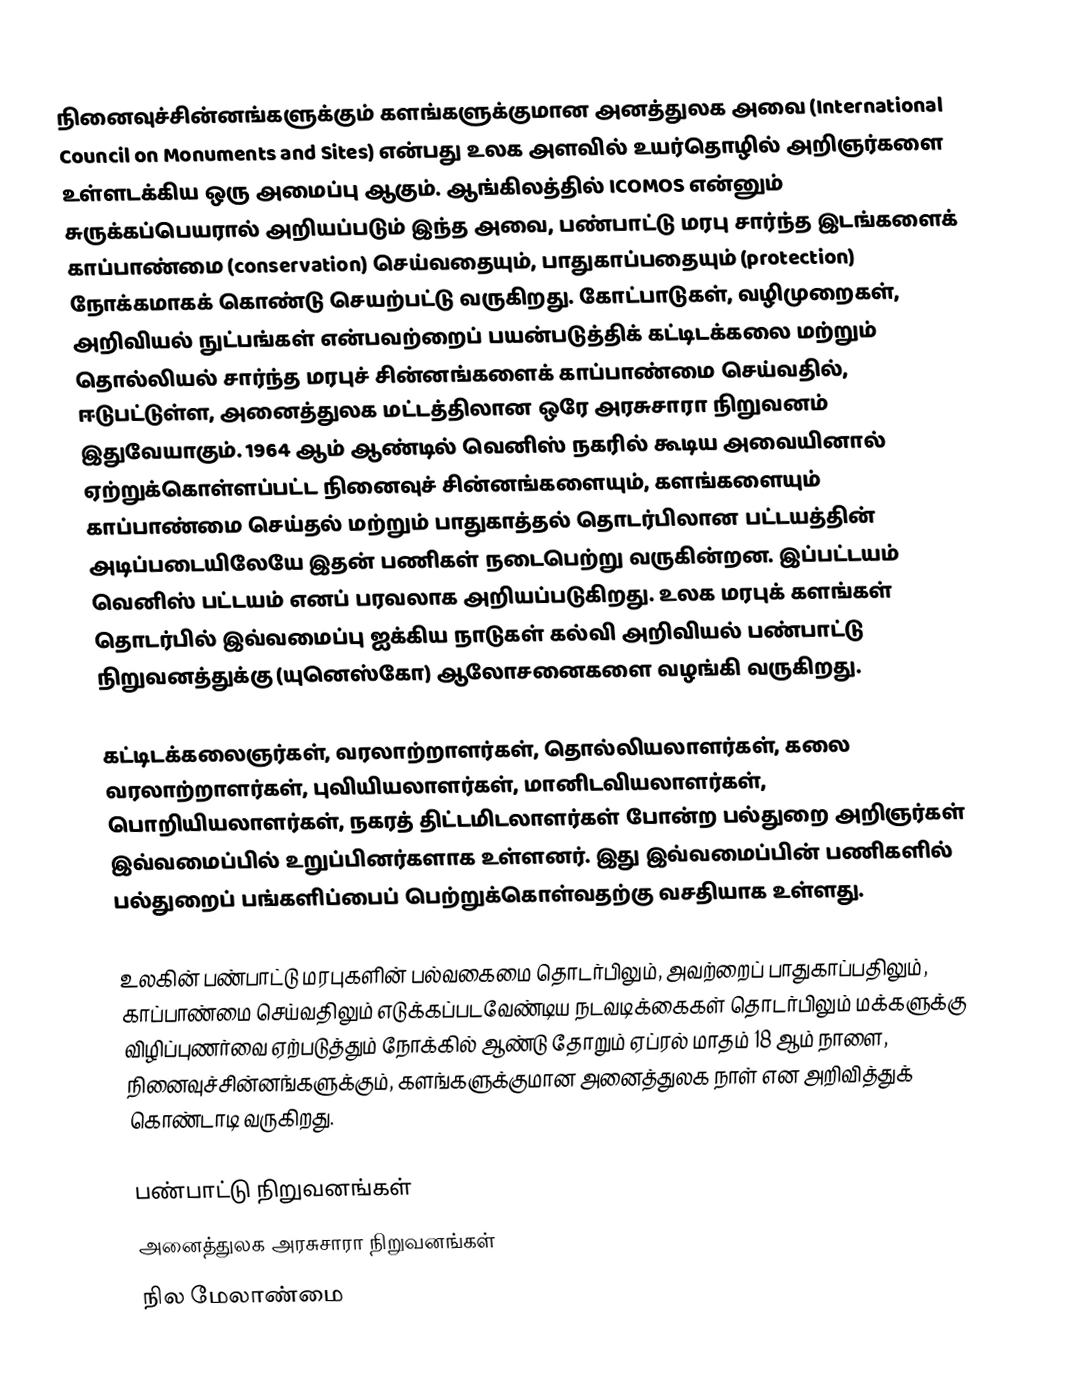
நினைவுச்சின்னங்களுக்கும் களங்களுக்குமான அனத்துலக அவை (International Council on Monuments and Sites) என்பது உலக அளவில் உயர்தொழில் அறிஞர்களை உள்ளடக்கிய ஒரு அமைப்பு ஆகும். ஆங்கிலத்தில் ICOMOS என்னும் சுருக்கப்பெயரால் அறியப்படும் இந்த அவை, பண்பாட்டு மரபு சார்ந்த இடங்களைக் காப்பாண்மை (conservation) செய்வதையும், பாதுகாப்பதையும் (protection) நோக்கமாகக் கொண்டு செயற்பட்டு வருகிறது. கோட்பாடுகள், வழிமுறைகள், அறிவியல் நுட்பங்கள் என்பவற்றைப் பயன்படுத்திக் கட்டிடக்கலை மற்றும் தொல்லியல் சார்ந்த மரபுச் சின்னங்களைக் காப்பாண்மை செய்வதில், ஈடுபட்டுள்ள, அனைத்துலக மட்டத்திலான ஒரே அரசுசாரா நிறுவனம் இதுவேயாகும். 1964 ஆம் ஆண்டில் வெனிஸ் நகரில் கூடிய அவையினால் ஏற்றுக்கொள்ளப்பட்ட நினைவுச் சின்னங்களையும், களங்களையும் காப்பாண்மை செய்தல் மற்றும் பாதுகாத்தல் தொடர்பிலான பட்டயத்தின் அடிப்படையிலேயே இதன் பணிகள் நடைபெற்று வருகின்றன. இப்பட்டயம் வெனிஸ் பட்டயம் எனப் பரவலாக அறியப்படுகிறது. உலக மரபுக் களங்கள் தொடர்பில் இவ்வமைப்பு ஐக்கிய நாடுகள் கல்வி அறிவியல் பண்பாட்டு நிறுவனத்துக்கு (யுனெஸ்கோ) ஆலோசனைகளை வழங்கி வருகிறது.

கட்டிடக்கலைஞர்கள், வரலாற்றாளர்கள், தொல்லியலாளர்கள், கலை வரலாற்றாளர்கள், புவியியலாளர்கள், மானிடவியலாளர்கள், பொறியியலாளர்கள், நகரத் திட்டமிடலாளர்கள் போன்ற பல்துறை அறிஞர்கள் இவ்வமைப்பில் உறுப்பினர்களாக உள்ளனர். இது இவ்வமைப்பின் பணிகளில் பல்துறைப் பங்களிப்பைப் பெற்றுக்கொள்வதற்கு வசதியாக உள்ளது.

உலகின் பண்பாட்டு மரபுகளின் பல்வகைமை தொடர்பிலும், அவற்றைப் பாதுகாப்பதிலும், காப்பாண்மை செய்வதிலும் எடுக்கப்படவேண்டிய நடவடிக்கைகள் தொடர்பிலும் மக்களுக்கு விழிப்புணர்வை ஏற்படுத்தும் நோக்கில் ஆண்டு தோறும் ஏப்ரல் மாதம் 18 ஆம் நாளை, நினைவுச்சின்னங்களுக்கும், களங்களுக்குமான அனைத்துலக நாள் என அறிவித்துக் கொண்டாடி வருகிறது.

பண்பாட்டு நிறுவனங்கள்
அனைத்துலக அரசுசாரா நிறுவனங்கள்
நில மேலாண்மை